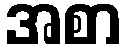
အစာ